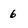
Character: 6